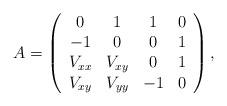
LaTeX: \begin{align*}A = \left(\begin{array}{cccc}0 & 1 & 1 & 0\\-1 & 0 & 0 & 1\\V_{xx} & V_{xy} & 0 & 1\\V_{xy} & V_{yy} & -1 & 0\end{array}\right),\end{align*}